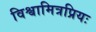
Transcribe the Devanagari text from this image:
विश्वामित्रप्रियः